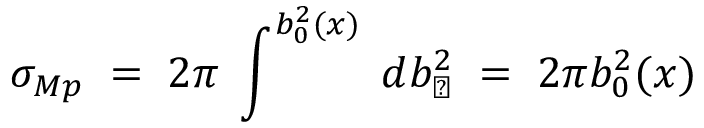
\sigma _ { M p } \; = \; 2 \pi \; \int ^ { b _ { 0 } ^ { 2 } ( x ) } \; d b _ { \perp } ^ { 2 } \; = \; 2 \pi b _ { 0 } ^ { 2 } ( x )